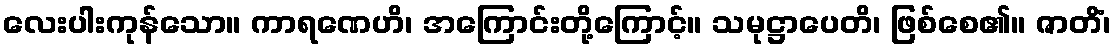
လေးပါးကုန်သော။ ကာရဏေဟိ၊ အကြောင်းတို့ကြောင့်။ သမုဋ္ဌာပေတိ၊ ဖြစ်စေ၏။ ဇာတိံ၊